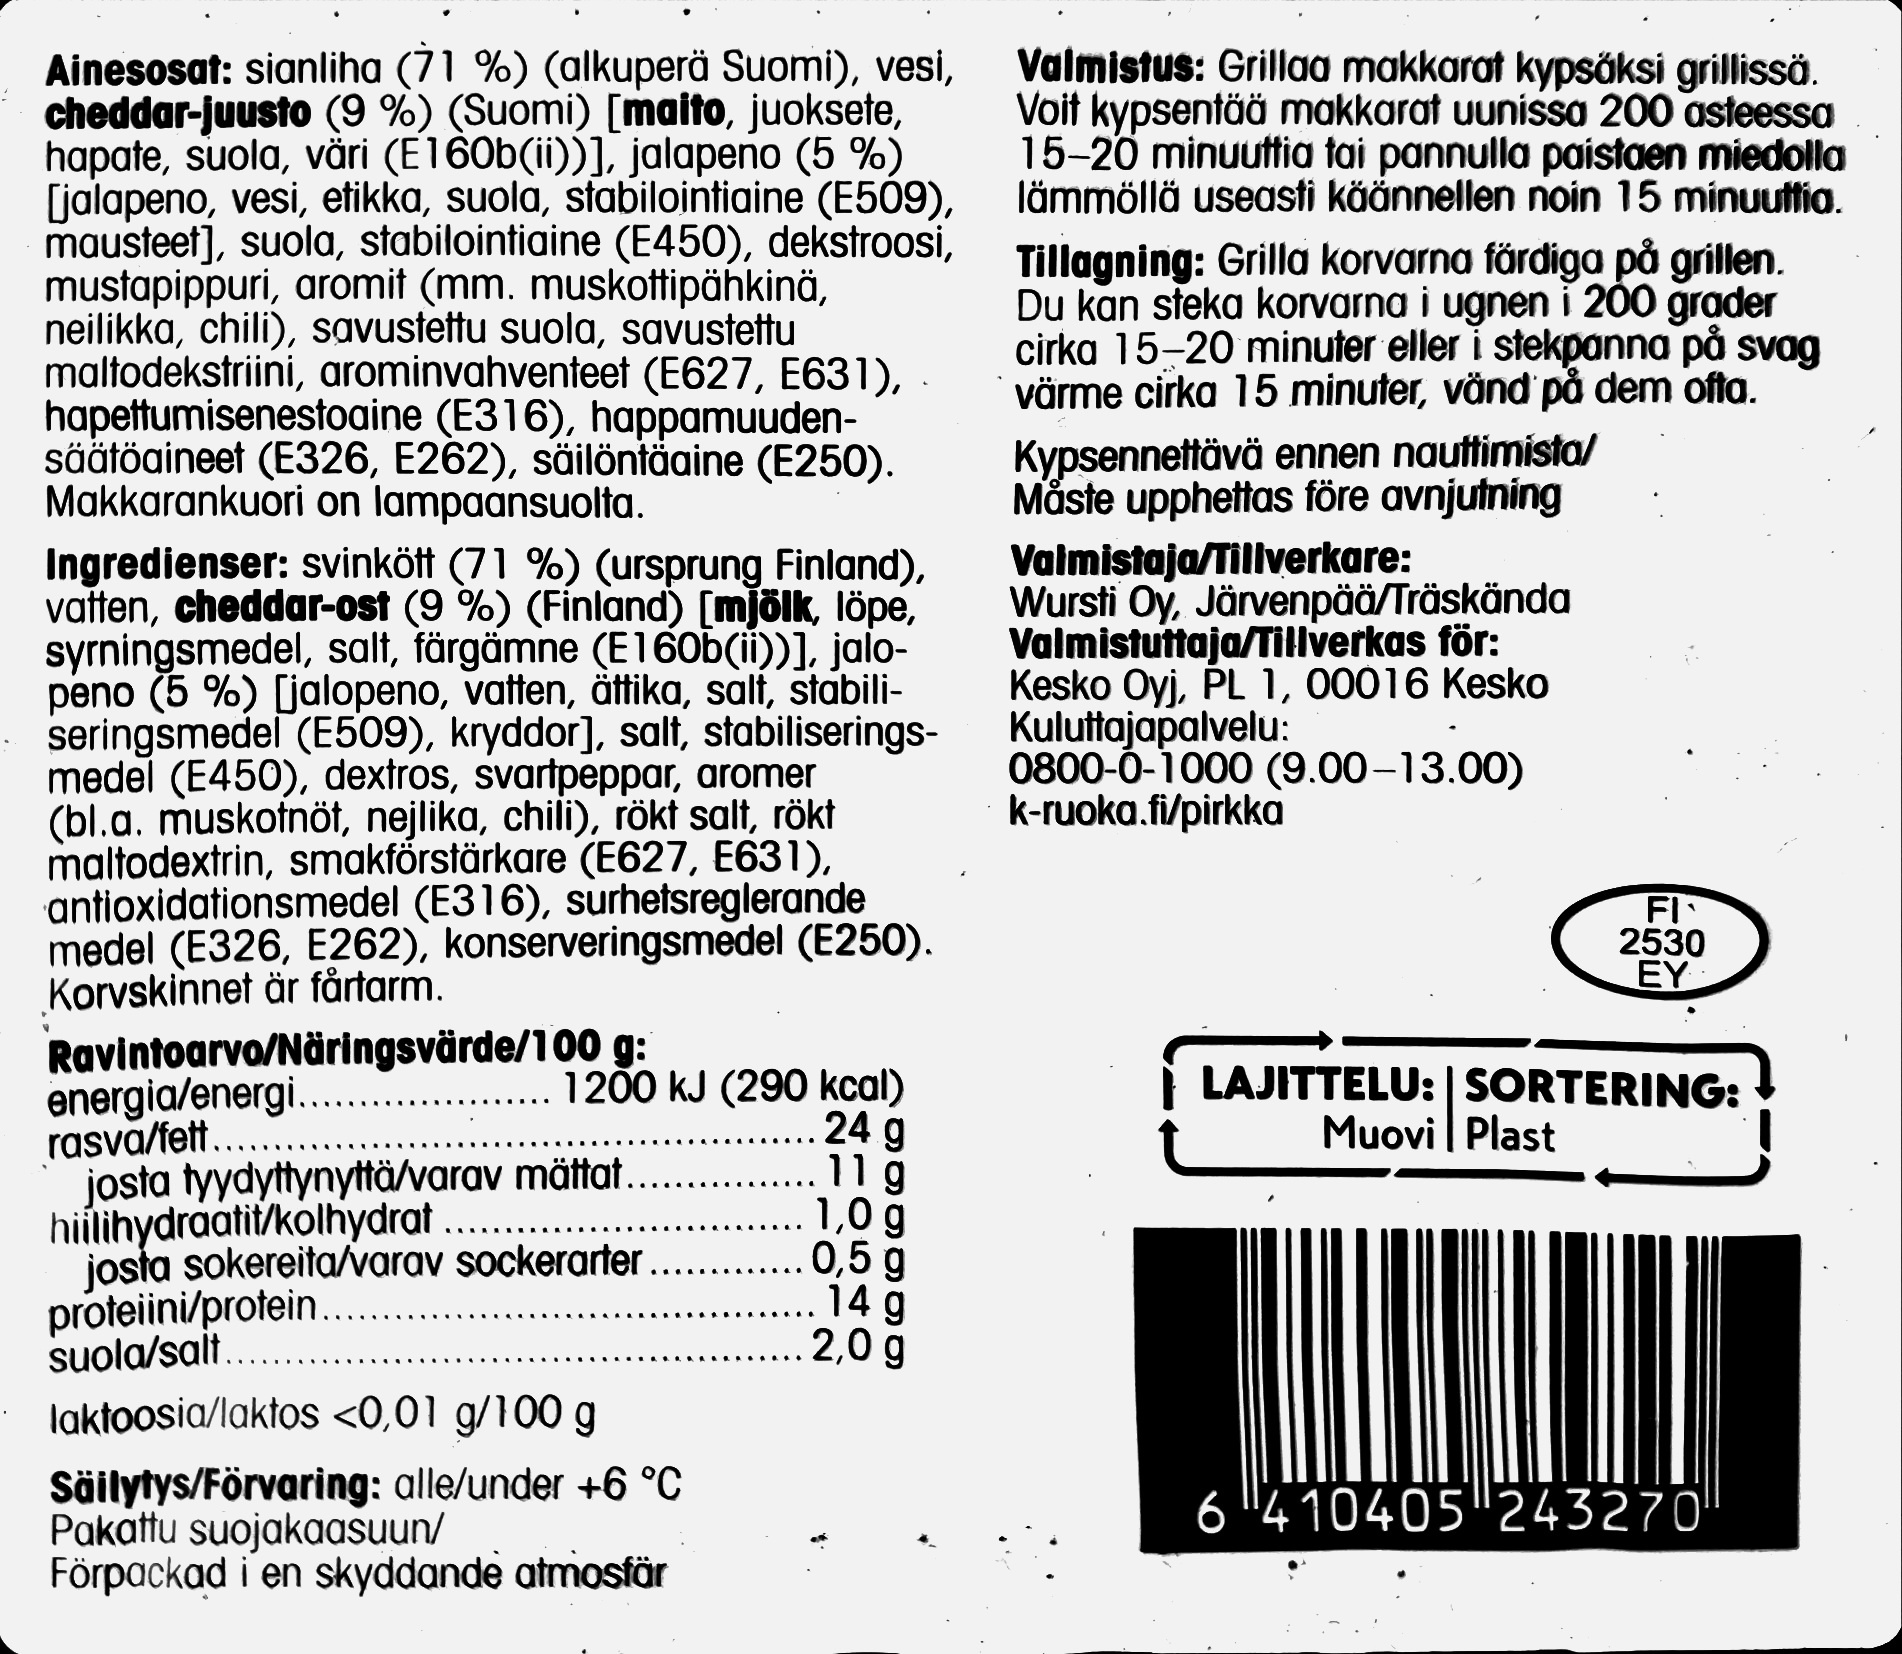
Valmistus: Grillaa makkarat kypsäksi grillissä. Voit kypsentää makkarat uunissa 200 asteessa 15-20 minuuttia tai pannulla paistaen miedolla lämmöllä useasti käännellen noin 15 minuuttia.
Ainesosat: sianliha (71 %) (alkuperä Suomi), vesi, cheddar-juusto (9 %) (Suomi) [maito, juoksete, hapate, suola, väri (E160b(ii))], jalapeno (5 %) [jalapeno, vesi, etikka, suola, stabilointiaine (E509), mausteet], suola, stabilointiaine (E450), dekstroosi, mustapippuri, aromit (mm. muskottipähkinä, neilikka, chili), savustettu suola, savustettu maltodekstriini, arominvahventeet (E627, E631), hapettumisenestoaine (E316), happamuuden- säätöaineet (E326, E262), säilöntäaine (E250). Makkarankuori on lampaansuolta.
Tillagning: Grilla korvarna färdiga på grillen. Du kan steka korvarna i ugnen i 200 grader cirka 15-20 minuter eller i stekpanna på svag värme cirka 15 minuter, vänd på dem ofta.
Ingredienser: svinkött (71 %) (ursprung Finland), vatten, cheddar-ost (9 %) (Finland) [mjölk, löpe, syrningsmedel, salt, färgämne (E160b(ii))], jalo- peno (5 %) [jalopeno, vatten, ättika, salt, stabili- seringsmedel (E509), kryddor], salt, stabiliserings- medel (E450), dextros, svartpeppar, aromer (bl.a. muskotnöt, nejlika, chili), rökt salt, rökt maltodextrin, smakförstärkare (E627, E631), antioxidationsmedel (E316), surhetsreglerande medel (E326, E262), konserveringsmedel (E250). Korvskinnet är fårtarm.
Kypsennettävä ennen nauttimista/ Måste upphettas före avnjutning Valmistaja/Tillverkare: Wursti Oy, Järvenpää/Träskända Valmistuttaja/Tillverkas för: Kesko Oyj, PL 1, 00016 Kesko Kuluttajapalvelu: 0800-0-1000 (9.00-13.00) k-ruoka.fi/pirkka
FI 2530 EY
Ravintoarvo/Näringsvärde/100 g: energia/energi.. rasva/fett. josta tyydyttynyttä/varav mättat.. hiilihydraatit/kolhydrat .. josta sokereita/varav sockerarter proteiini/protein.. suola/sait..
LAJITTELU: | SORTERING: Muovi Plast
1200 kJ (290 kcal) 24 g 11 g 1,0 g 0,5 g 14 g 2,0 g
laktoosia/laktos <0,01 g/100 g
Säilytys/Förvaring: alle/under +6 °C Pakattu suojakaasuun/ Förpackad i en skyddande atmosfär
6 "410405 243270